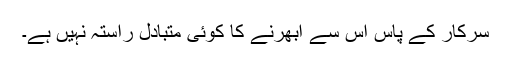
سرکار کے پاس اس سے ابھرنے کا کوئی متبادل راستہ نہیں ہے۔